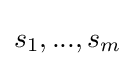
s_{1},...,s_{m}